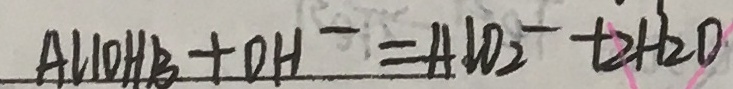
A l ( O H ) _ { 3 } + O H ^ { - } = A l O _ { 2 } ^ { - } + 2 H _ { 2 } O